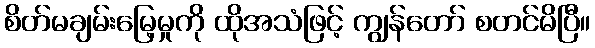
စိတ်မချမ်းမြေ့မှုကို ထိုအသံဖြင့် ကျွန်တော် စတင်မိပြီ။